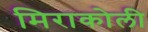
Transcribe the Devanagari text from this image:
मिराकोली